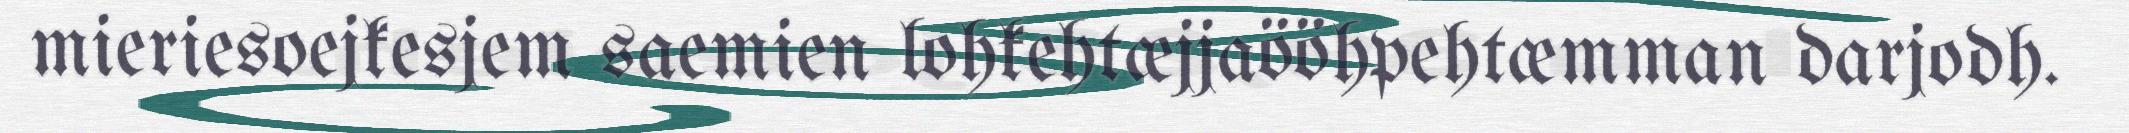
mieriesoejkesjem saemien lohkehtæjjaööhpehtæmman darjodh.